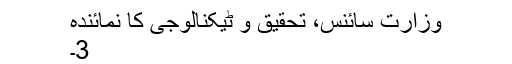
وزارت سائنس، تحقیق و ٹیکنالوجی کا نمائندہ
3۔